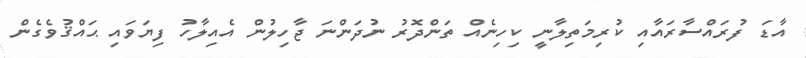
އާޑަ ފުރައްސާރައާއި ކުރިމަތިލާނީ ކިހިނެއް ތަންދޮރު ނުދަންނަ ޖާހިލުން އެއިލާހު ފިޔަވައި ޙައްޤުވެގެން